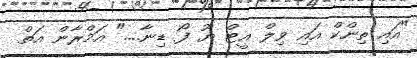
"އައި ތިންކް އައި ވިލް އީޓް ޔޫ ފޯ ޑިނާ...." އަމްރާން އަތް